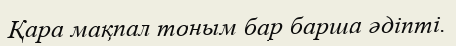
Қара мақпал тоным бар барша әдіпті.